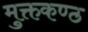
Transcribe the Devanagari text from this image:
मुक्तकण्ठ